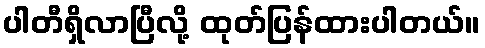
ပါတီရှိလာပြီလို့ ထုတ်ပြန်ထားပါတယ်။